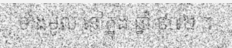
ទាំងមូល នៅក្នុង ឆ្នាំ ៩៧២ ។